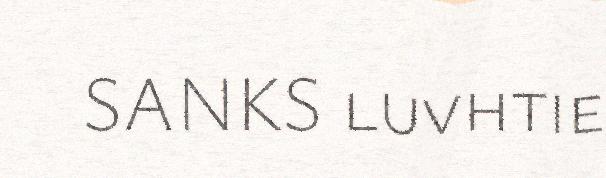
SANKS luvhtie